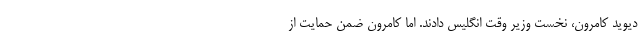
دیوید کامرون، نخست وزیر وقت انگلیس دادند. اما کامرون ضمن حمایت از